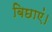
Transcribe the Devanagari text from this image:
बिछाएं।